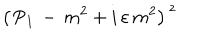
\left( \, \mathrm { P } _ { 1 } \, - \, m ^ { 2 } + i \, \varepsilon \, m ^ { 2 } \right) ^ { \, z }